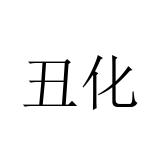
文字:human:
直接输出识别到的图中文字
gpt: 丑化